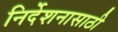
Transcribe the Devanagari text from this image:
निर्देशनासाठी